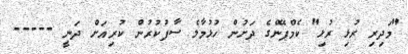
"މަދިރި ރުޅި ރުޅި" ކެމްޕޭންގެ ދަށުން ހުޅުމާލެ ސާފުކުރުން ކުރިއަށް ދަނީ -----